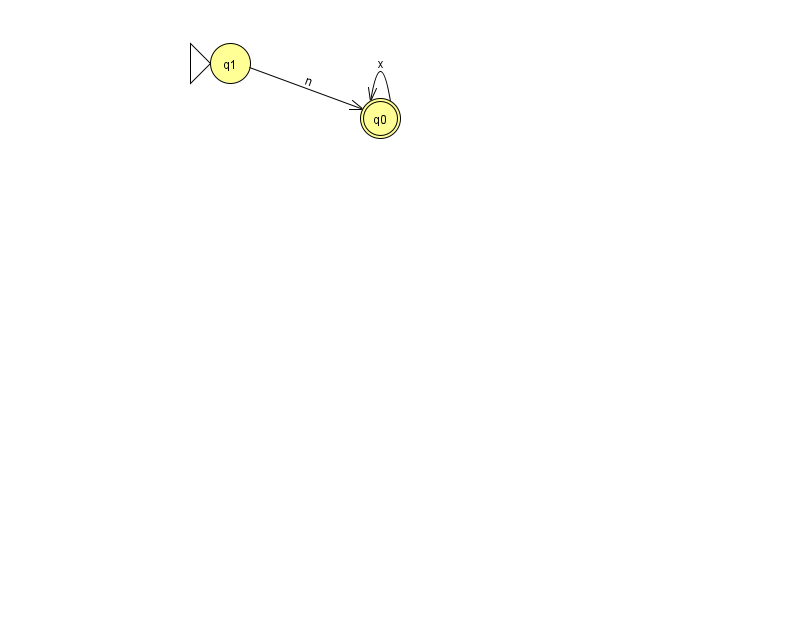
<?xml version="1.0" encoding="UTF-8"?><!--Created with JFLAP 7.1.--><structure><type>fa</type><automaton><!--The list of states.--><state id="0" name="q0"><x>380.0</x><y>105.0</y><final/></state><state id="1" name="q1"><x>230.0</x><y>50.0</y><initial/></state><!--The list of transitions.--><transition><from>0</from><to>0</to><read>x</read></transition><transition><from>1</from><to>0</to><read>n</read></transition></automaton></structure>